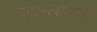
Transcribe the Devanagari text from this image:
दंगलखोराणी